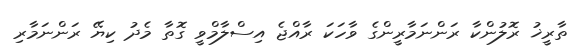
ތާރީޚު ރޮލުންކާ ރަންނަމާރީންގެ ވާހަކަ ރާއްޖެ އިސްލާމްވީ ގޮތާ މެދު ކިޔޭ ރަންނަމާރި